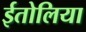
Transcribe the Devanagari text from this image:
ईतोलिया